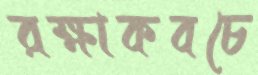
রক্ষাকবচে